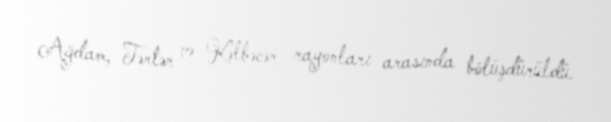
Ağdam, Tərtər və Kəlbəcər rayonları arasında bölüşdürüldü.